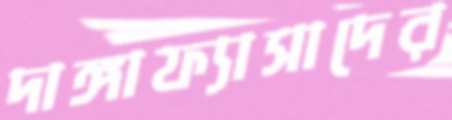
দাঙ্গাফ্যাসাদের